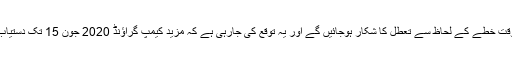
لانچ کے وقت خطے کے لحاظ سے تعطل کا شکار ہوجائیں گے اور یہ توقع کی جارہی ہے کہ مزید کیمپ گراؤنڈ 2020 جون 15 تک دستیاب ہوں گے۔